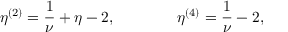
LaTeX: \eta ^ { ( 2 ) } = { \frac { 1 } { \nu } } + \eta - 2 , \qquad \qquad \eta ^ { ( 4 ) } = { \frac { 1 } { \nu } } - 2 ,